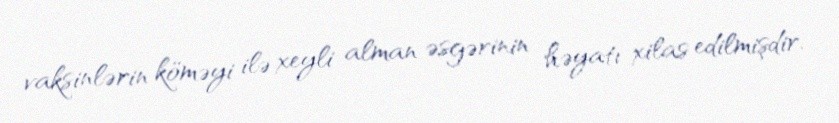
vaksinlərin köməyi ilə xeyli alman əsgərinin həyatı xilas edilmişdir.